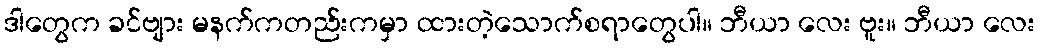
ဒါတွေက ခင်ဗျား မနက်ကတည်းကမှာ ထားတဲ့သောက်စရာတွေပါ။ ဘီယာ လေး ဗူး။ ဘီယာ လေး